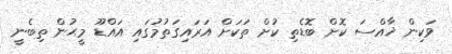
ވަކިން ޚާއްސަ ކޮށް ބޮޑެތި ކުށް ތަކަށް އަރައިގަތުމުގައި އައްޑޫ މީޙުން ތިބެނީ